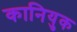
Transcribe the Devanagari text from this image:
कानियुक